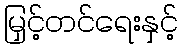
မြှင့်တင်ရေးနှင့်